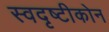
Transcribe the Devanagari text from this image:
स्वदृष्टीकोन